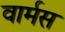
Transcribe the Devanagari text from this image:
वार्मस